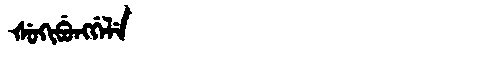
Manchu: ᡧᡠᡴᡳᠪᡠᠩᡤᡝᠯᡝ
Romanization: ŠUKIBUNGGELE